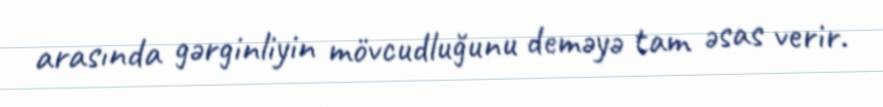
arasında gərginliyin mövcudluğunu deməyə tam əsas verir.